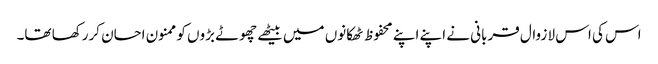
اس کی اس لا زوال قربانی نے اپنے اپنے محفوظ ٹھکانوں میں بیٹھے چھوٹے بڑوں کو ممنون احسان کررکھا تھا۔